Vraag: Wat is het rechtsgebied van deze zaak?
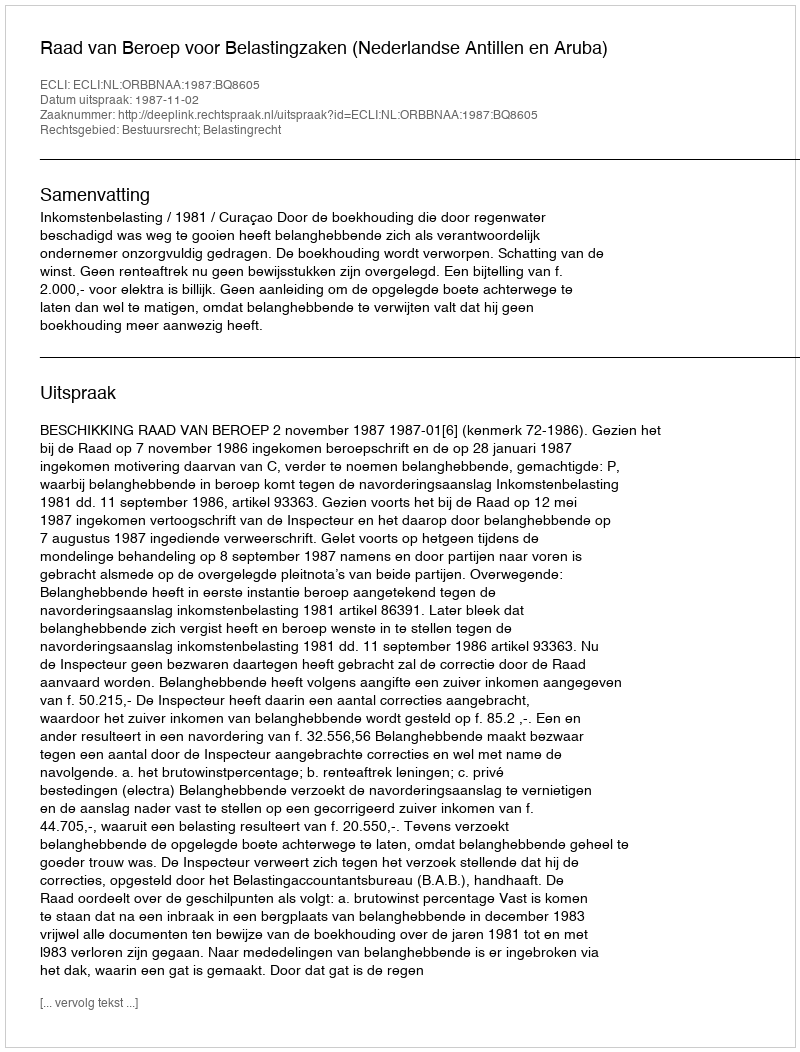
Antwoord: Bestuursrecht; Belastingrecht